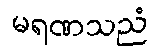
မရဏသညံ